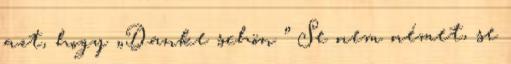
azt, hogy „Danke schön ” Se nem német, se